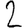
Digit: 2